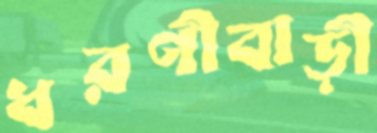
ধরণীবাড়ী